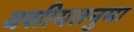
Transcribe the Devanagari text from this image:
वसीयतनुमा